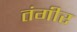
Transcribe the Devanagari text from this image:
तंगीर